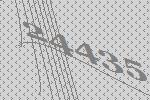
24435